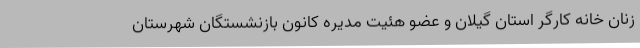
زنان خانه کارگر استان گیلان و عضو هئیت مدیره کانون بازنشستگان شهرستان